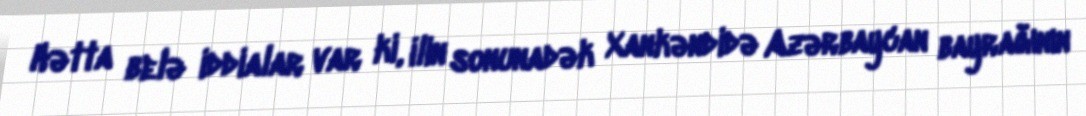
Hətta belə iddialar var ki, ilin sonunadək Xankəndidə Azərbaycan bayrağının